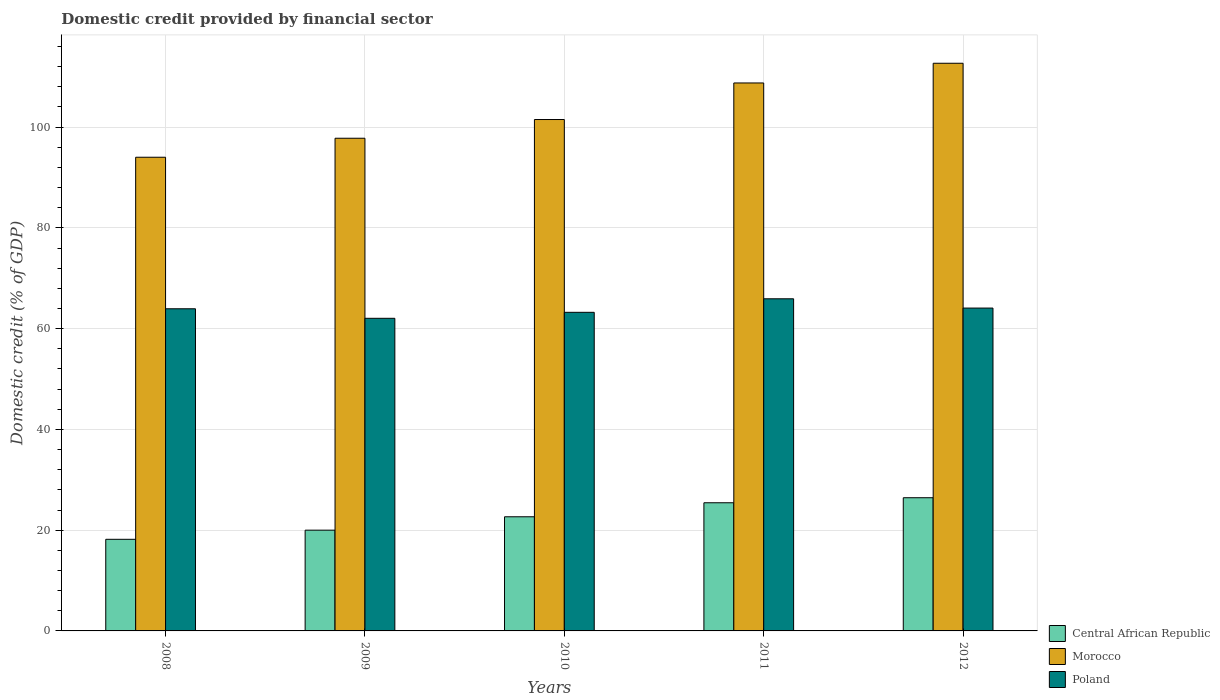
| Years | Central African Republic | Morocco | Poland |
 | --- | --- | --- | --- |
 | 2008 | 18.2 | 94 | 63.9 |
 | 2009 | 20 | 97.8 | 62.1 |
 | 2010 | 22.7 | 102 | 63.2 |
 | 2011 | 25.4 | 109 | 65.9 |
 | 2012 | 26.4 | 113 | 64.1 |